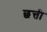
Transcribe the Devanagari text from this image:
छत्ती